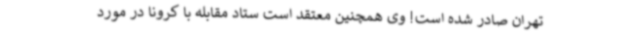
تهران صادر شده است! وی همچنین معتقد است ستاد مقابله با کرونا در مورد